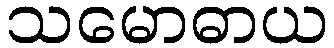
သမောဓာယ